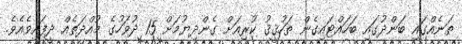
ތަނެއްގައި ބަންދުގައި ބަހައްޓައިގެން ތަހުޤީޤު ކުރިއަށް ގެންދިޔުމަށް 15 ދުވަހުގެ މުއްދަތެއް ދީފައިވެއެވެ.